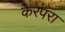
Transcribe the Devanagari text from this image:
करपरा